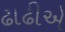
ઢાઢીએ